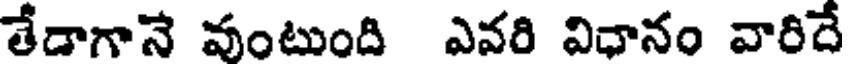
తేడాగానే వంటుంది ఎవరి విధానం వారిదే